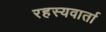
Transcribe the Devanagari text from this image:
रहस्यवार्ता